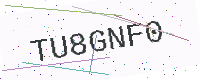
Text: TU8GNF0